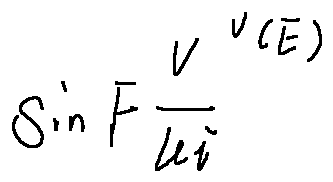
\sin ^ { F } \frac { V } { \mu i } ^ { v ( E ) }